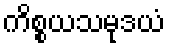
ကိစ္စယသမုဒယံ